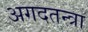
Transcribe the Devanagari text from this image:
अगदतन्त्रा